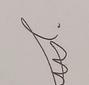
Signature authenticity: genuine